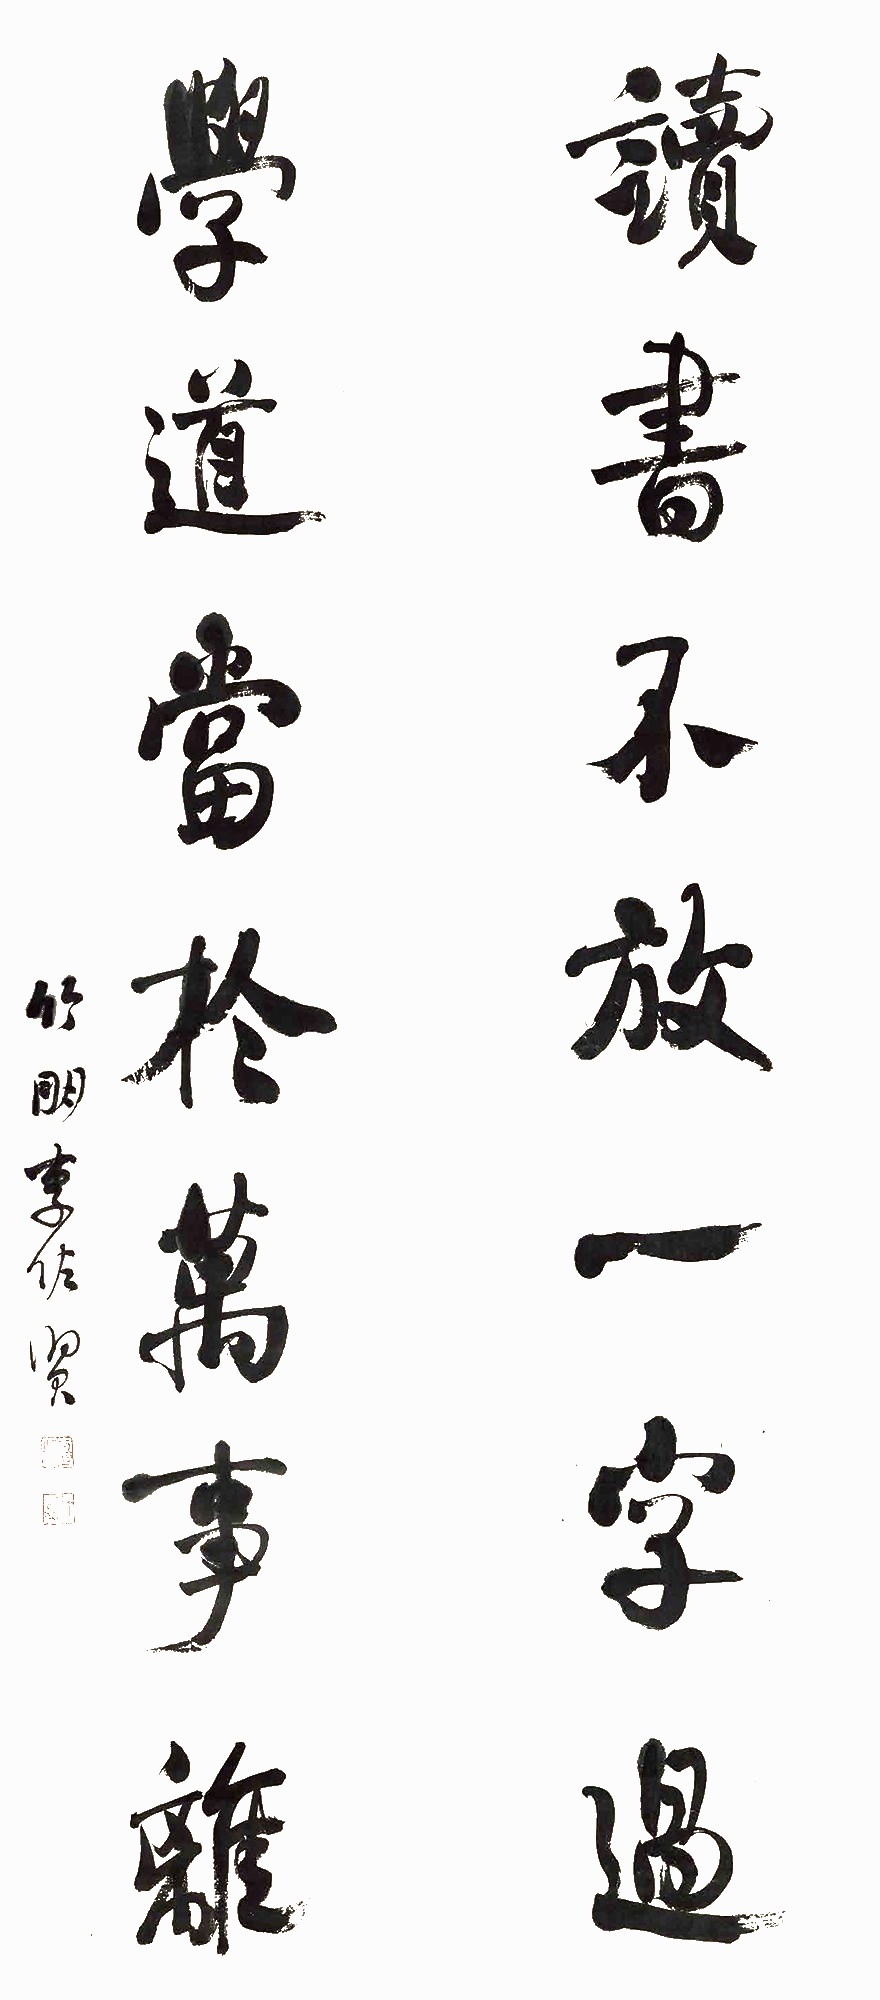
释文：读书不放一字过，学道当于万事离。竹朋李佐贤。